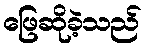
ဖြေဆိုခဲ့သည်